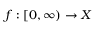
f : [ 0 , \infty ) \to X